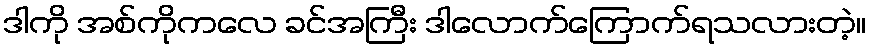
ဒါကို အစ်ကိုကလေ ခင်အကြီး ဒါလောက်ကြောက်ရသလားတဲ့။